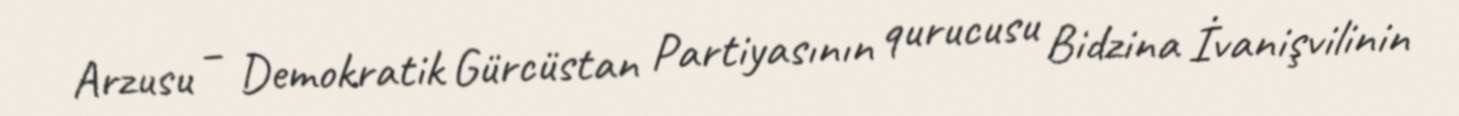
Arzusu – Demokratik Gürcüstan Partiyasının qurucusu Bidzina İvanişvilinin